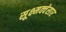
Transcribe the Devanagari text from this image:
सूक्ष्मक्वेसार